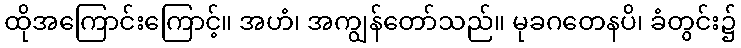
ထိုအကြောင်းကြောင့်။ အဟံ၊ အကျွန်တော်သည်။ မုခဂတေနပိ၊ ခံတွင်း၌